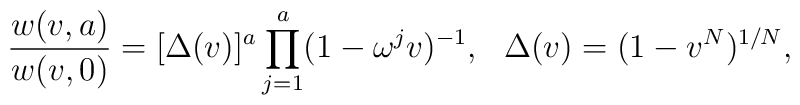
{w(v,a)\over w(v,0)}=[\Delta(v)]^a\prod^a_{j=1}(1-\omega^jv)^{-1},{}~~\Delta(v)=(1-v^N)^{1/N},